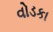
વોડકા